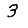
Digit: 3